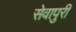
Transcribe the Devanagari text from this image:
सेवापुरी